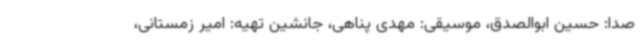
صدا: حسین ابوالصدق، موسیقی: مهدی پناهی، جانشین تهیه‌: امیر زمستانی،